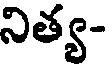
నిత్య-